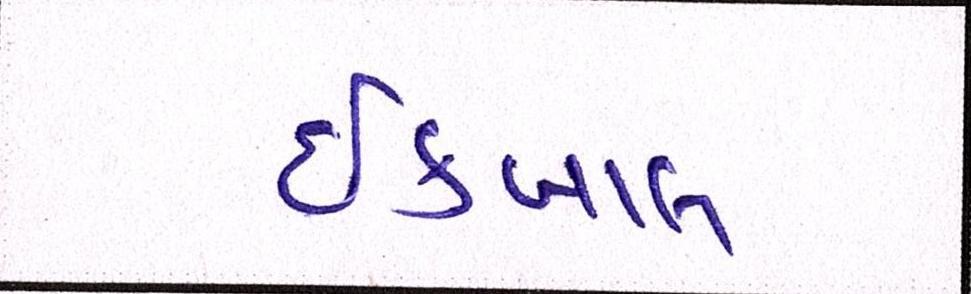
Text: ઈકબાલ